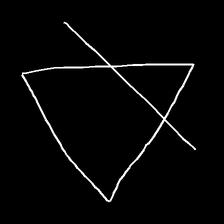
Glyph: empower